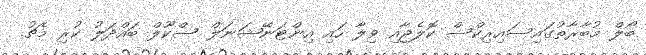
ބޯލް މުބާރާތުގައިސައިރިކްސް ކޮލެޖާއި ވިލާ ހައި އިންޓަނޭޝަނަލް ސްކޫލް ބައްދަލު ކުރި މެޗު.